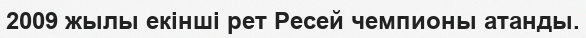
2009 жылы екінші рет Ресей чемпионы атанды.